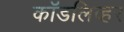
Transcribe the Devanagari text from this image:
कॉडलिव्हर